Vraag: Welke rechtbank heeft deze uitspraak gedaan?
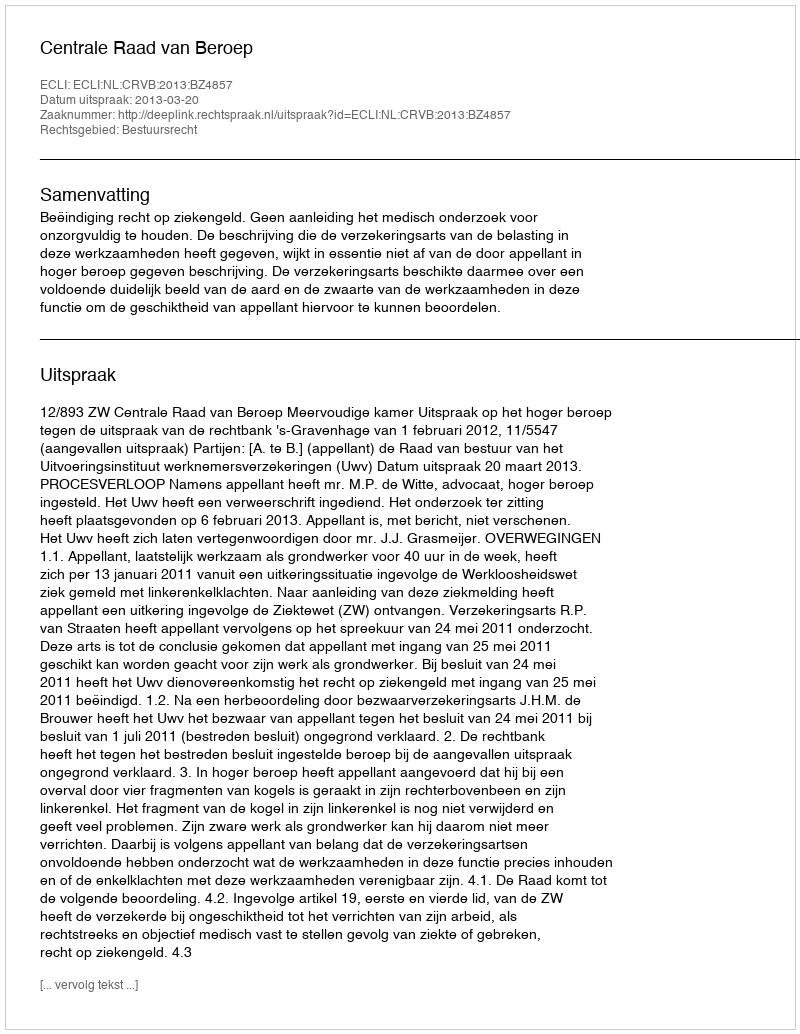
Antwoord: Centrale Raad van Beroep